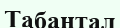
Табантал